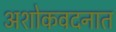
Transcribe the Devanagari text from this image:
अशोकवदनात